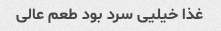
غذا خیلیی سرد بود طعم عالی